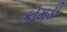
કોમડી